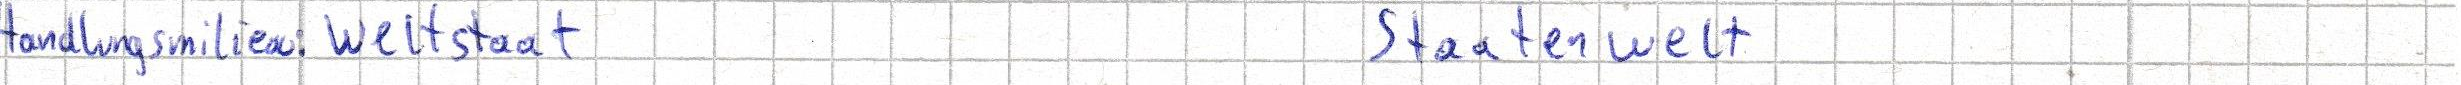
Handlungsmilieu: Weltstaat     Staatenwelt